Scottish Leaving Certificate Examination, 1952
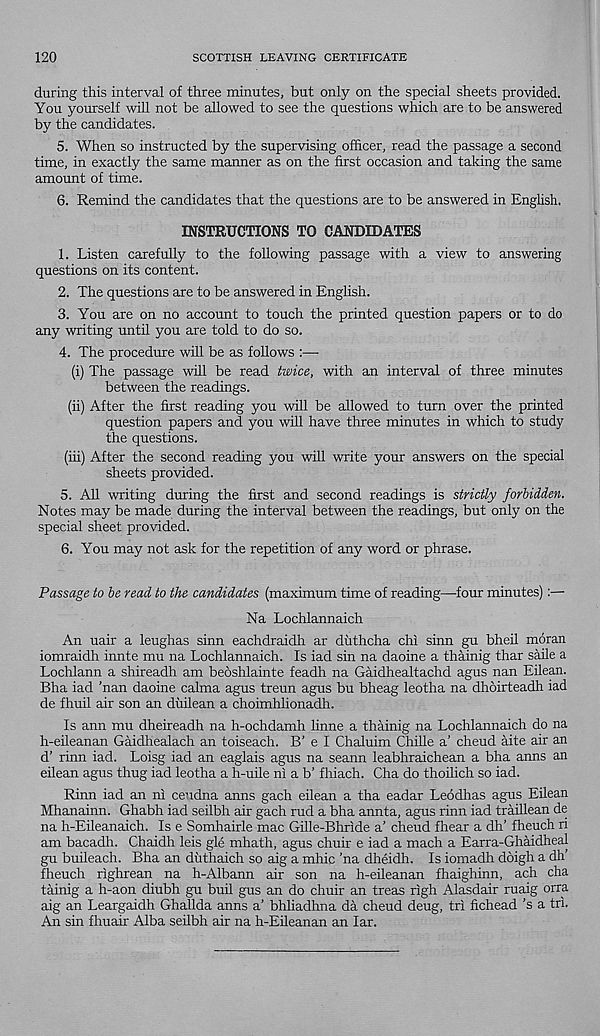
120
SCOTTISH LEAVING CERTIFICATE
during this interval of three minutes, but only on the special sheets provided.
You yourself will not be allowed to see the questions which are to be answered
by the candidates.
5. When so instructed by the supervising officer, read the passage a second
time, in exactly the same manner as on the first occasion and taking the same
amount of time.
6. Remind the candidates that the questions are to be answered in English.
INSTRUCTIONS TO CANDIDATES
1. Listen carefully to the following passage with a view to answering
questions on its content.
2. The questions are to be answered in English.
3. You are on no account to touch the printed question papers or to do
any writing until you are told to do so.
4. The procedure will be as follows :—-
(i) The passage will be read twice, with an interval of three minutes
between the readings.
(ii) After the first reading you will be allowed to turn over the printed
question papers and you will have three minutes in which to study
the questions.
(hi) After the second reading you will write your answers on the special
sheets provided.
5. All writing during the first and second readings is strictly forbidden.
Notes may be made during the interval between the readings, but only on the
special sheet provided.
6. You may not ask for the repetition of any word or phrase.
Passage to be read to the candidates (maximum time of reading—four minutes):—
Na Lochlannaich
An uair a leughas sinn eachdraidh ar duthcha chi sinn gu bheil moran
iomraidh innte mu na Lochlannaich. Is iad sin na daoine a thainig thar saile a
Lochlann a shireadh am beoshlainte feadh na Gaidhealtachd agus nan Eilean.
Bha iad ’nan daoine calma agus treun agus bu bheag leotha na dhoirteadh iad
de fhuil air son an duilean a choimhlionadh.
Is ann mu dheireadh na h-ochdamh linne a thainig na Lochlannaich do na
h-eileanan Gaidhealach an toiseach. B’ e I Chaluim Chille a’ cheud aite air an
d’ rinn iad. Loisg iad an eaglais agus na seann leabhraichean a bha anns an
eilean agus thug iad leotha a h-uile ni a b’ fhiach. Cha do thohich so iad.
Rinn iad an ni ceudna anns gach eilean a tha eadar Leodhas agus Eilean
Mhanainn. Ghabh iad seilbh air gach rud a bha annta, agus rinn iad traillean de
na h-Eileanaich. Is e Somhairle mac Gille-Bhride a’ cheud fhear a dh’ fheuch ri
am bacadh. Chaidh leis gle mhath, agus chuir e iad a mach a Earra-Ghaidheal
gu buileach. Bha an duthaich so aig a mhic ’na dheidh. Is iomadh doigh a dh’
fheuch righrean na h-Albann air son na h-eileanan fhaighinn, ach cha
tainig a h-aon diubh gu bull gus an do chuir an treas righ Alasdair ruaig orra
aig an Leargaidh Ghallda anns a' bhliadhna da cheud deug, tri fichead’s a tri.
An sin fhuair Alba seilbh air na h-Eileanan an lar.